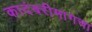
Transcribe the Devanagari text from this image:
कादंबरीमागचा